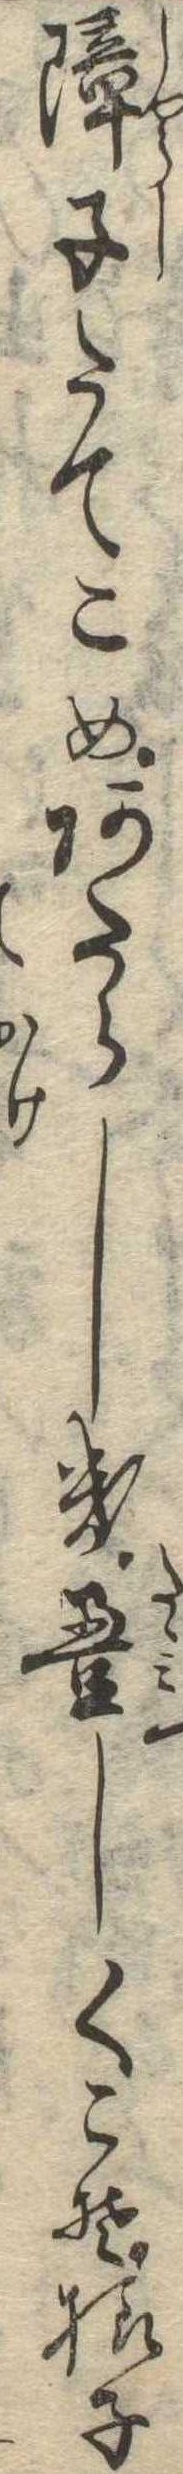
障子たてこめあたらしき畳しくこそ様子